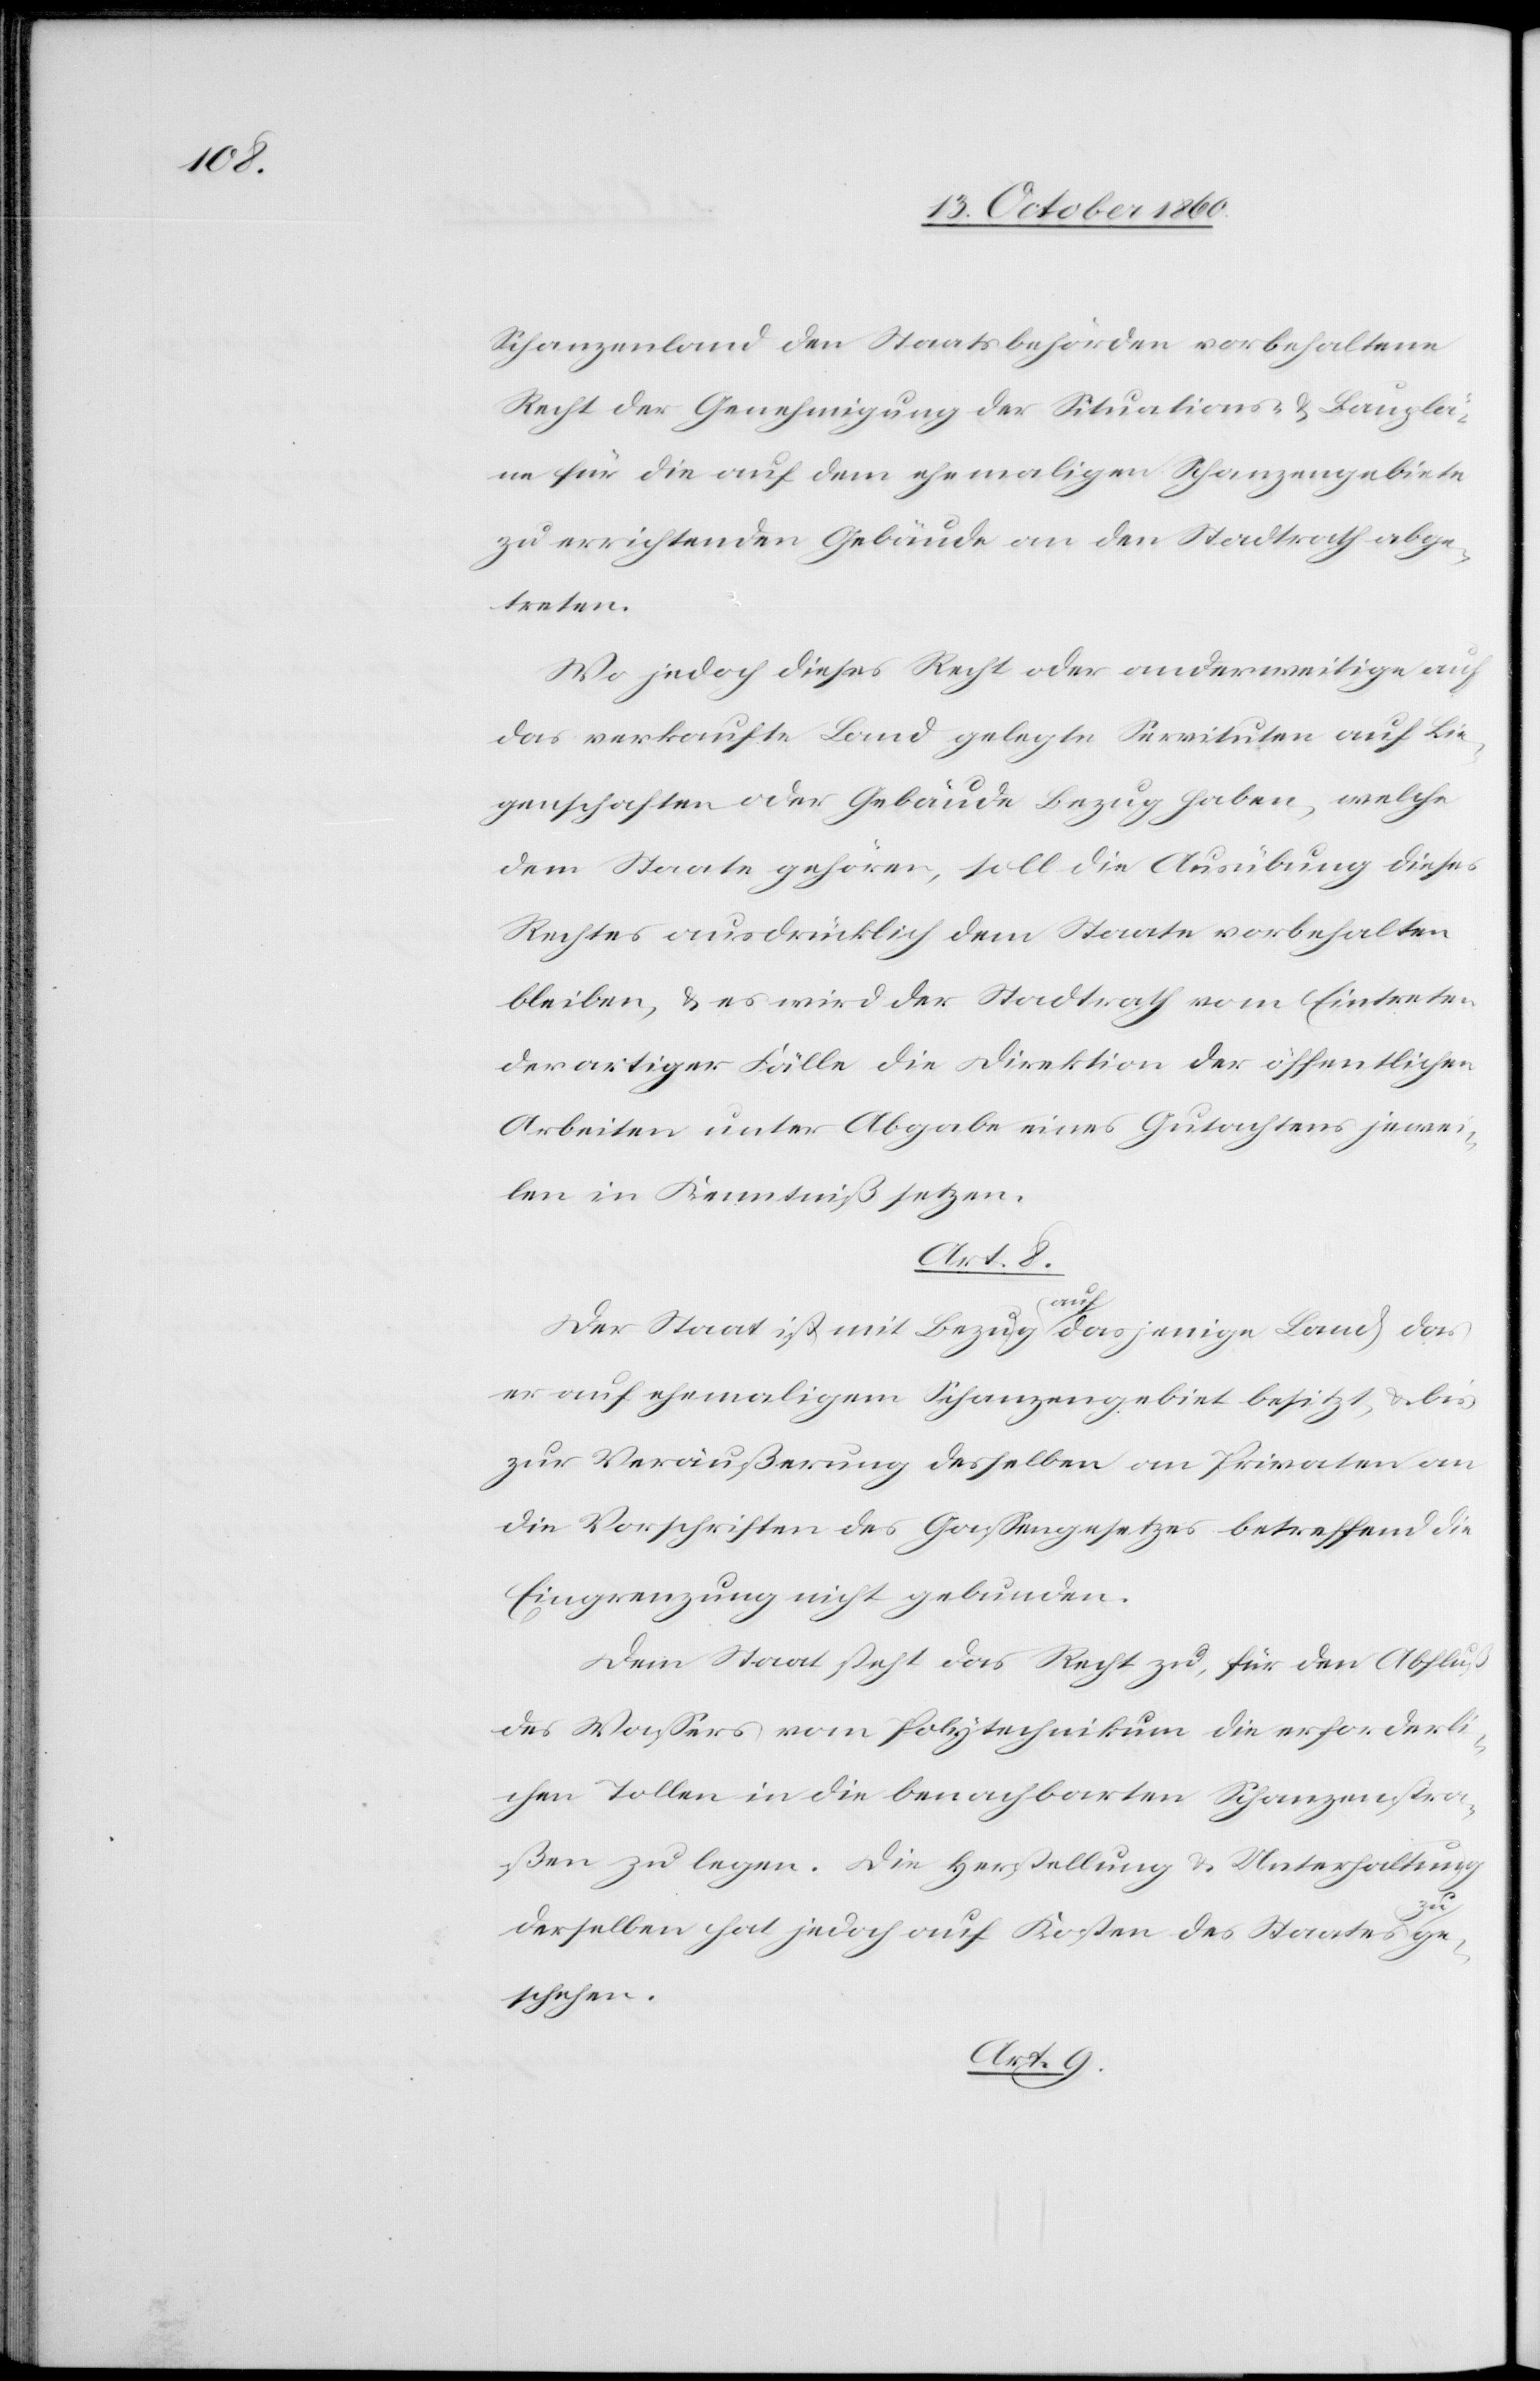
Schanzenland den Staatsbehörden vorbehaltene
Recht der Genehmigung der Situations- u. Bauplä¬
ne für die auf dem ehemaligen Schanzengebiete
zu errichtenden Gebäude an den Stadtrath abge¬
treten.
Wo jedoch dieses Recht oder anderweitige auf
das verkaufte Land gelegte Servituten auf Lie¬
genschaften oder Gebäude Bezug haben, welche
dem Staate gehören, soll die Ausübung dieses
Rechtes ausdrücklich dem Staate vorbehalten
bleiben, u. es wird der Stadtrath vom Eintreten
derartiger Fälle die Direktion der öffentlichen
Arbeiten unter Abgabe eines Gutachtens jewei¬
len in Kenntniß setzen.
Art. 8.
Der Staat ist mit Bezug auf dasjenige Land das
er auf ehemaligem Schanzengebiet besitzt u. bis
zur Veräußerung desselben an Privaten an
die Vorschriften des Gassengesetzes betreffend die
Eingrenzung nicht gebunden.
Dem Staat steht das Recht zu, für den Abfluß
des Wassers vom Polytechnikum die erforderli¬
chen Tollen in die benachbarten Schanzenstra¬
ßen zu legen. Die Herstellung u. Unterhaltung
derselben hat jedoch auf Kosten des Staates zu ge¬
schehen.
Art. 9.